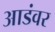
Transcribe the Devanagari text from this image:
आडंवर